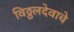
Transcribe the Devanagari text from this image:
विठ्ठलदेवाचे